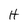
Character: h